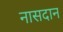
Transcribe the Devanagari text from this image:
नासदान